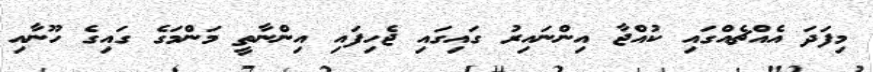
މިފަދަ އެއްޗެއްގައި ކުއްޖާ އިންނައިރު ގައިގައި ޖެހިފައި އިންނާތީ މަންމަގެ ގައިގެ ހޫނާއި